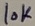
Text: 10K